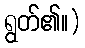
ရွတ်၏။)